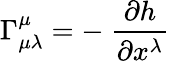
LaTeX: \Gamma_{\mu\lambda}^{\mu}=-\ \frac{\partial h}{\partial x^{\lambda}}